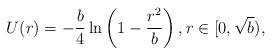
LaTeX: \begin{align*}U(r) = -\frac{b}{4}\ln\left(1-\frac{r^2}{b}\right),r\in [0,\sqrt{b}),\end{align*}